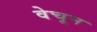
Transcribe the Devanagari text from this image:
वेचून